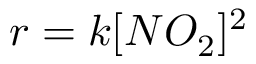
r = k [ N O _ { 2 } ] ^ { 2 }